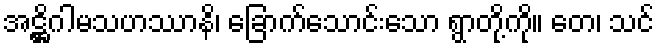
အဋ္ဌိဂါမသဟဿာနိ၊ ခြောက်သောင်းသော ရွာတို့ကို။ တေ၊ သင်